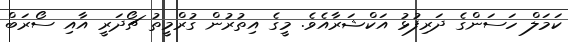
ކަމަލް ހަސަންގެ ދަރިފުޅު އަކްޝަރާއެވެ. މީގެ އިތުރުން ގުރްމީތު ޗޯދަރީ އާއި ސޯރަބް